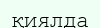
қиялда